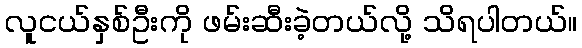
လူငယ်နှစ်ဦးကို ဖမ်းဆီးခဲ့တယ်လို့ သိရပါတယ်။